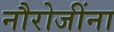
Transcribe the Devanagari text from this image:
नौरोजींना